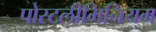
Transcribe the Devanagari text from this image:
पोस्टलीमिनियम